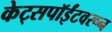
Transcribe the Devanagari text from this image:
केट्सपॉईंटवरून